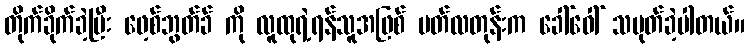
တိုက်ခိုက်ခဲ့ပြီး ဖေ့စ်ဘွတ်ခ် ကို လူထုရဲ့ရန်သူအဖြစ် မတ်လတုန်းက ခေါ်ဝေါ် သမုတ်ခဲ့ပါတယ်။